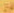
24